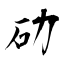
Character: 劯